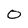
Character: 0